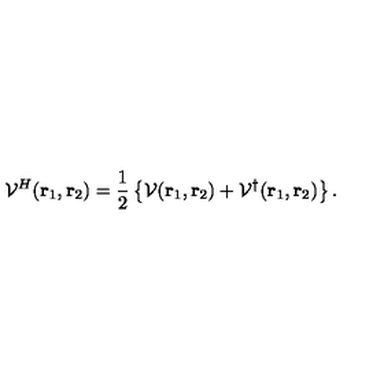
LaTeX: { \cal V } ^ { H } ( \mathrm { \bf r } _ { 1 } , \mathrm { \bf r } _ { 2 } ) = { \frac { 1 } { 2 } } \left\{ { \cal V } ( \mathrm { \bf r } _ { 1 } , \mathrm { \bf r } _ { 2 } ) + { \cal V } ^ { \dag } ( \mathrm { \bf r } _ { 1 } , \mathrm { \bf r } _ { 2 } ) \right\} . \nonumber